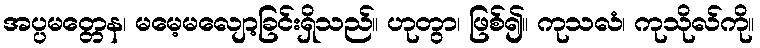
အပ္ပမတ္တေန၊ မမေ့မလျော့ခြင်းရှိသည်။ ဟုတွာ၊ ဖြစ်၍။ ကုသလံ၊ ကုသိုလ်ကို။